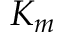
K _ { m }